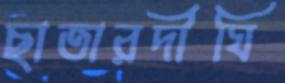
ছাতারদীঘি